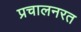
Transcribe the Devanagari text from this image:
प्रचालनरत